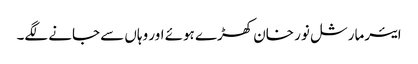
ایئرمارشل نور خان کھڑے ہوئے اور وہاں سے جانے لگے۔